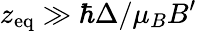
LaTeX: z_{\mathrm{eq}}\gg\hbar\Delta/\mu_{B}B^{\prime}